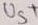
Text: U5+